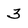
Character: 3